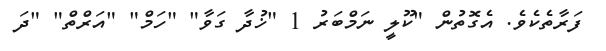
ފަރާތެކެވެ. އެގޮތުން "ކޫލީ ނަމްބަރު 1 "ޚުދާ ގަވާ" "ހަމް" "އަރްތް" "ދަ